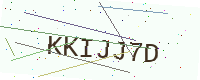
Text: KKIJJ7D